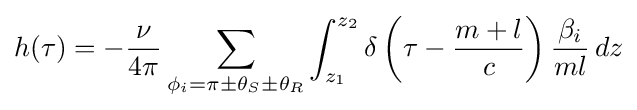
h(\tau )=-{\frac {\nu }{4\pi }}\sum _{\phi _{i}=\pi \pm \theta _{S}\pm \theta _{R}}\int _{z_{1}}^{z_{2}}\delta \left(\tau -{\frac {m+l}{c}}\right){\frac {\beta _{i}}{ml}}\,dz